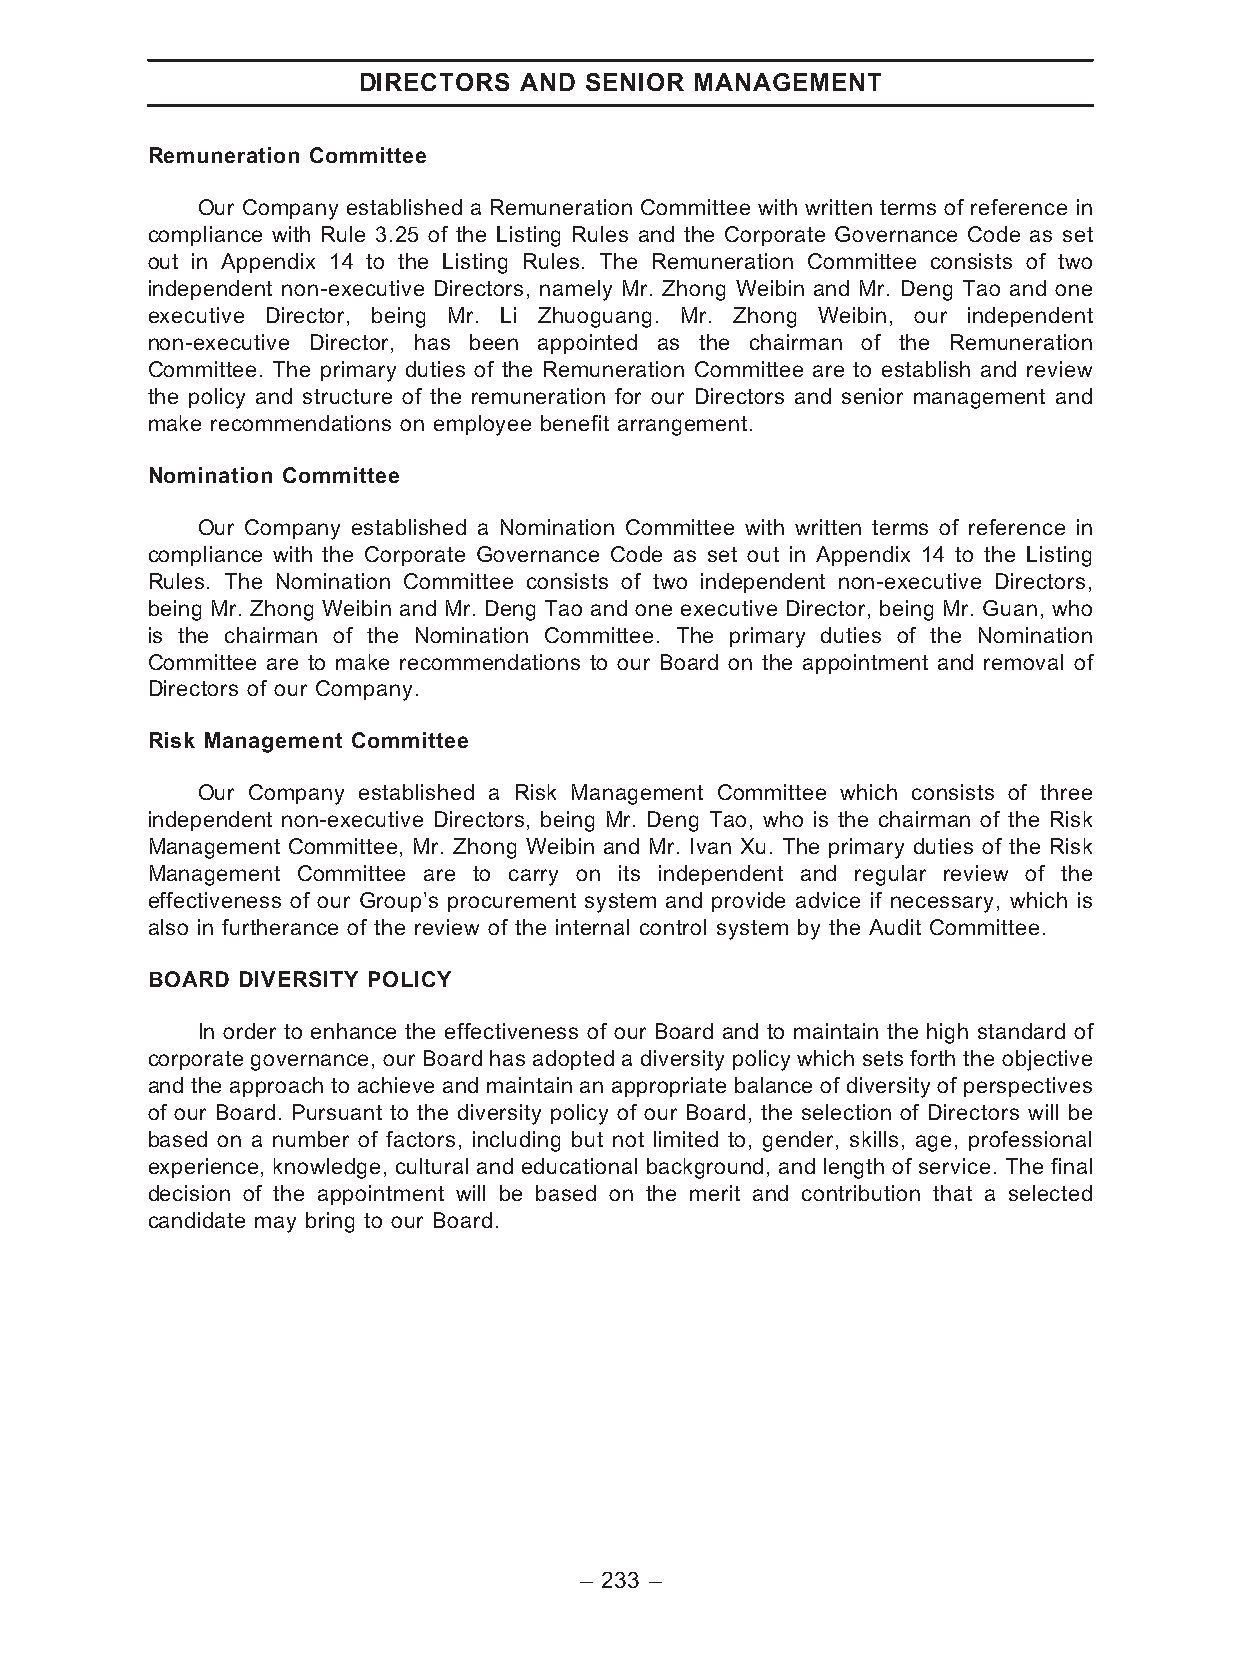
DIRECTORS AND  SENIOR MANAGEMENT
 Remuneration Committee
 Our Company established a Remuneration Committee with written terms of reference in
 compliance with Rule 3.25 of the Listing Rules and the Corporate Governance Code as set
 out in Appendix 14 to the Listing Rules. The Remuneration Committee consists of two
 independent non-executive Directors, namely Mr. Zhong Weibin and Mr. Deng Tao and one
 executive Director, being Mr. Li Zhuoguang. Mr. Zhong Weibin, our independent
 non-executive Director, has been appointed as the chairman of the Remuneration
 Committee. The primary duties of the Remuneration Committee are to establish and review
 the policy and structure of the remuneration for our Directors and senior management and
 make recommendations on employee benefit arrangement.
 Nomination Committee
 Our Company established a Nomination Committee with written terms of reference in
 compliance with the Corporate Governance Code as set out in Appendix 14 to the Listing
 Rules. The Nomination Committee consists of two independent non-executive Directors,
 being Mr. Zhong Weibin and Mr. Deng Tao and one executive Director, being Mr. Guan, who
 is the chairman of the Nomination Committee. The primary duties of the Nomination
 Committee are to make recommendations to our Board on the appointment and removal of
 Directors of our Company.
 Risk Management Committee
 Our Company established a Risk Management Committee which consists of three
 independent non-executive Directors, being Mr. Deng Tao, who is the chairman of the Risk
 Management Committee, Mr. Zhong Weibin and Mr. Ivan Xu. The primary duties of the Risk
 Management Committee are to carry on its independent and regular review of the
 effectiveness of our Group’s procurement system and provide advice if necessary, which is
 also in furtherance of the review of the internal control system by the Audit Committee.
 BOARD DIVERSITY POLICY
 In order to enhance the effectiveness of our Board and to maintain the high standard of
 corporate governance, our Board has adopted a diversity policy which sets forth the objective
 and the approach to achieve and maintain an appropriate balance of diversity of perspectives
 of our Board. Pursuant to the diversity policy of our Board, the selection of Directors will be
 based on a number of factors, including but not limited to, gender, skills, age, professional
 experience, knowledge, cultural and educational background, and length of service. The final
 decision of the appointment will be based on the merit and contribution that a selected
 candidate may bring to our Board.
 – 233 –